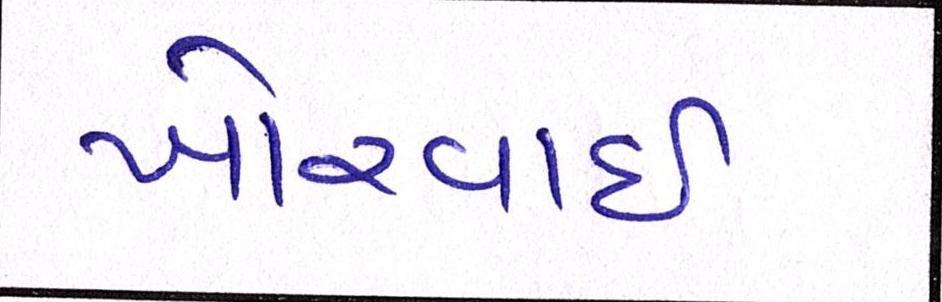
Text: ખોરવાઈ